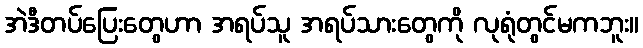
အဲဒီတပ်ပြေးတွေဟာ အရပ်သူ အရပ်သားတွေကို လုရုံတွင်မကဘူး။